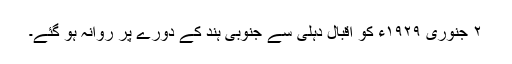
٢ جنوری ١٩٢٩ء کو اقبال دہلی سے جنوبی ہند کے دورے پر روانہ ہو گئے۔